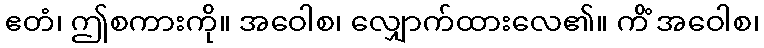
ဧတံ၊ ဤစကားကို။ အဝေါစ၊ လျှောက်ထားလေ၏။ ကိံ အဝေါစ၊